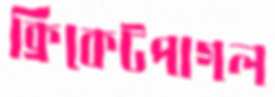
ক্রিকেটপাগল